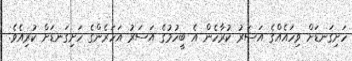
ހަށިގަނޑަށް ވިހައެއްގެ އަސަރު ކުރާހެން އެ ބީހުމުގެ އަސަރު އަހަރެންގެ ހަށިގަނޑަށް ކުރިއެވެ.